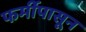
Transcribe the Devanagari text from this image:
फर्मीपासून